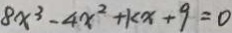
8 x ^ { 3 } - 4 x ^ { 2 } + k x + 9 = 0